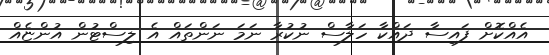
އެއްކޮށް ފައިސާ ދައްކާ ހަލާސް ނުކުރާ ނަމަ ނަންތައް އެ ލިސްޓުން އުންޏެއް